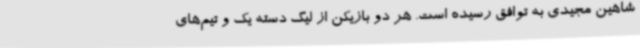
شاهین مجیدی به توافق رسیده است. هر دو بازیکن از لیگ دسته یک و تیم‌های